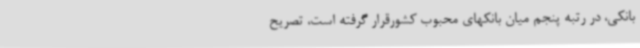
بانکی، در رتبه پنجم میان بانکهای محبوب کشورقرار گرفته است، تصریح